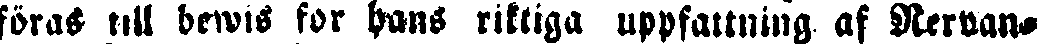
föras till bewis for hans riktiga uppfattning af Nervan